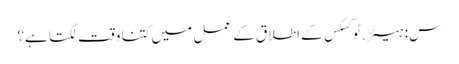
س: ہیئر.ٹوکسکس کے اطلاق کے عمل میں کتنا وقت لگتا ہے؟